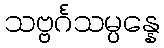
သဗ္ဗင်္ဂသမ္ပန္နေ